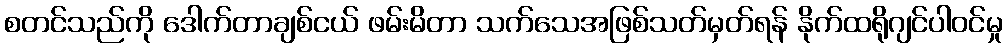
စတင်သည်ကို ဒေါက်တာချစ်ငယ် ဖမ်းမိတာ သက်သေအဖြစ်သတ်မှတ်ရန် နိုက်ထရိုဂျင်ပါဝင်မှု